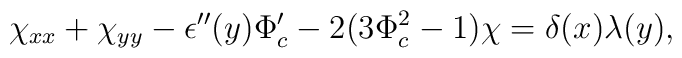
\chi_{xx}+\chi_{yy}-\epsilon''(y)\Phi_c'-2(3\Phi_c^2-1)\chi=\delta(x)\lambda(y),